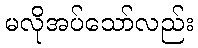
မလိုအပ်သော်လည်း